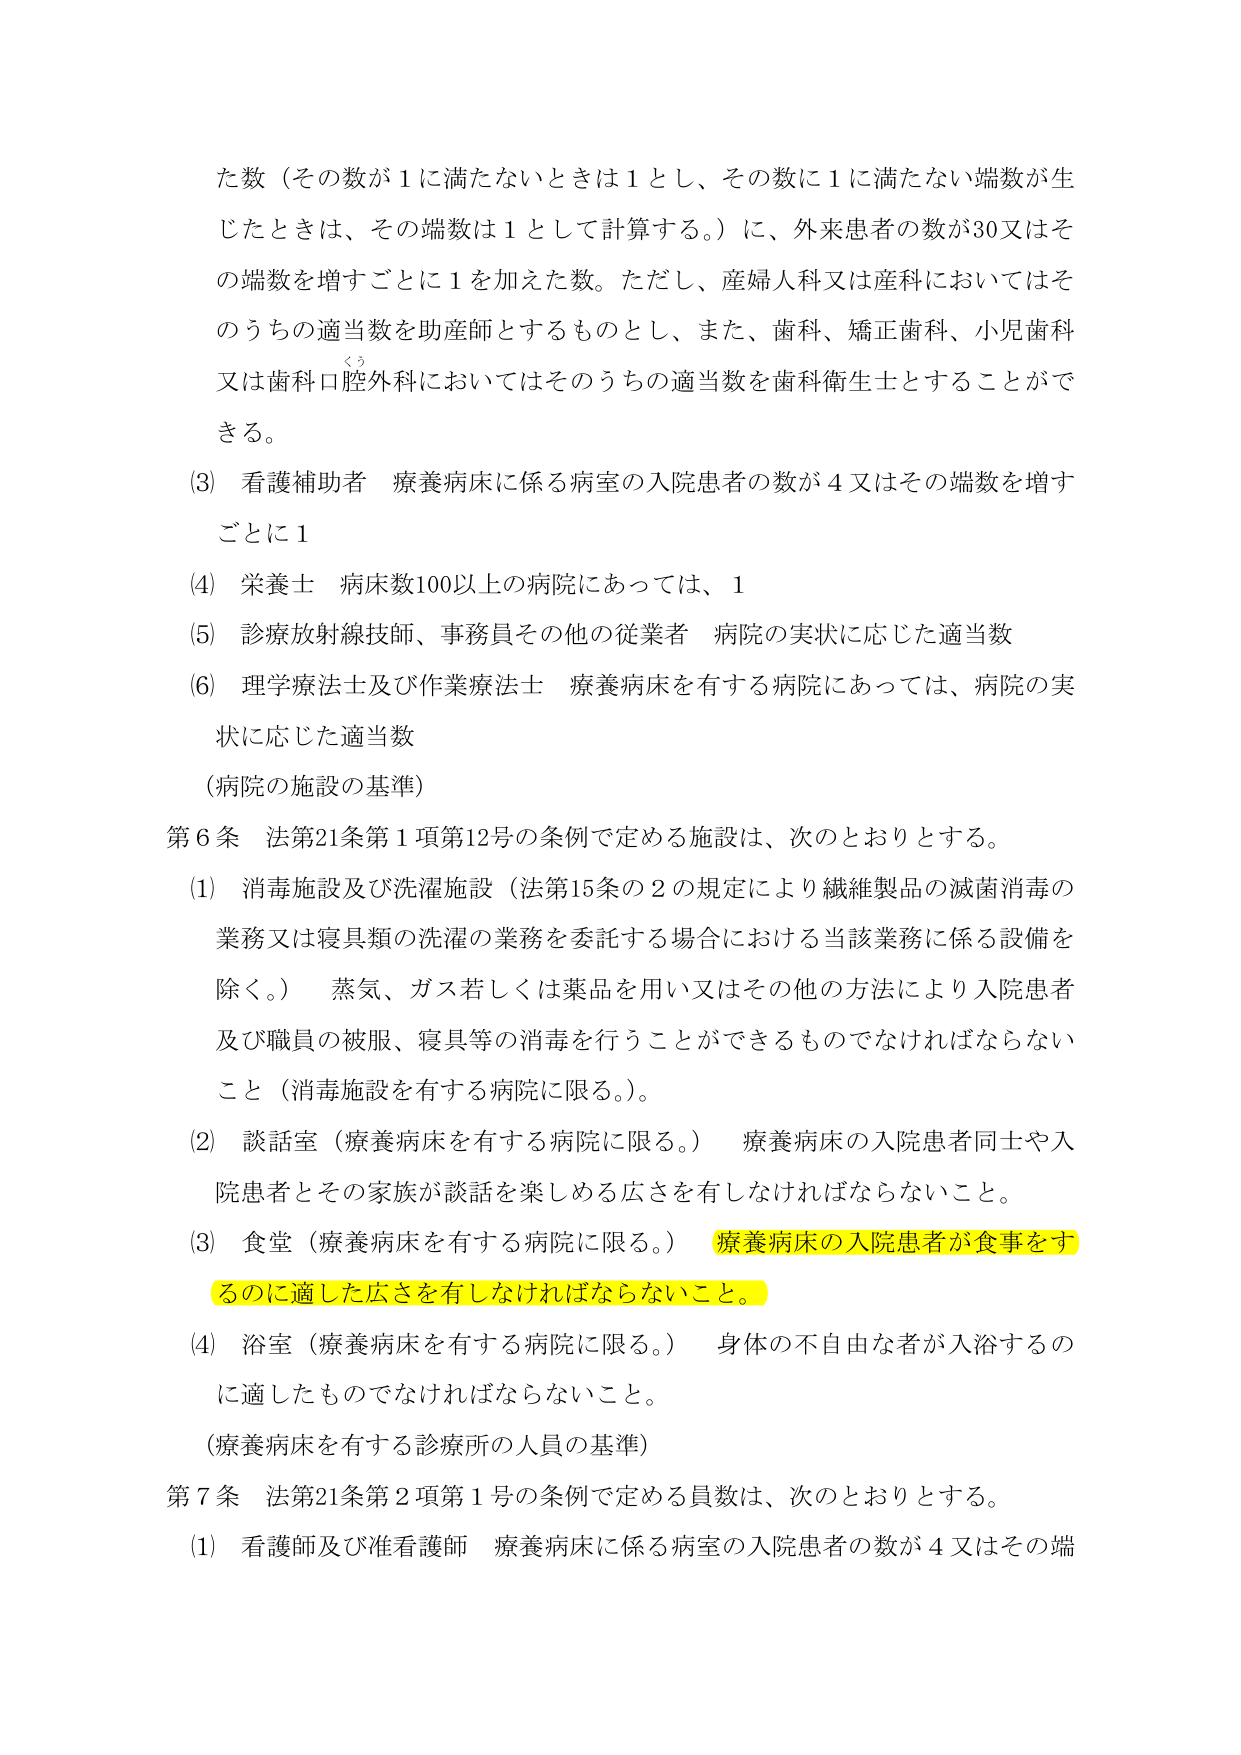
た数（その数が１に満たないときは１とし、その数に１に満たない端数が生じたときは、その端数は１として計算する。）に、外来患者の数が30又はその端数を増すごとに１を加えた数。ただし、産婦人科又は産科においてはそのうちの適当数を助産師とするものとし、また、歯科、矯正歯科、小児歯科又は歯科口腔外科においてはそのうちの適当数を歯科衛生士とすることができる。

(3) 看護補助者 療養病床に係る病室の入院患者の数が４又はその端数を増すごとに１

(4) 栄養士 病床数100以上の病院にあっては、１

(5) 診療放射線技師、事務員その他の従業者 病院の実状に応じた適当数

(6) 理学療法士及び作業療法士 療養病床を有する病院にあっては、病院の実状に応じた適当数

（病院の施設の基準）

第６条 法第21条第１項第12号の条例で定める施設は、次のとおりとする。

(1) 消毒施設及び洗濯施設（法第15条の２の規定により繊維製品の滅菌消毒の業務又は寝具類の洗濯の業務を委託する場合における当該業務に係る設備を除く。） 蒸気、ガス若しくは薬品を用い又はその他の方法により入院患者及び職員の衣服、寝具等の消毒を行うことができるものでなければならないこと（消毒施設を有する病院に限る。）。

(2) 談話室（療養病床を有する病院に限る。） 療養病床の入院患者同士や入院患者とその家族が談話を楽しめる広さを有しなければならないこと。

(3) 食堂（療養病床を有する病院に限る。） 療養病床の入院患者が食事をするのに適した広さを有しなければならないこと。

(4) 浴室（療養病床を有する病院に限る。） 身体の不自由な者が入浴するのに適したものでなければならないこと。

（療養病床を有する診療所の人員の基準）

第７条 法第21条第２項第１号の条例で定める員数は、次のとおりとする。

(1) 看護師及び准看護師 療養病床に係る病室の入院患者の数が４又はその端